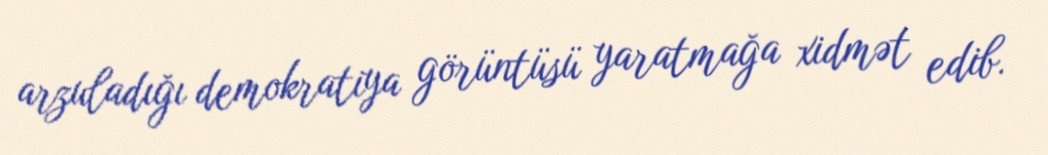
arzuladığı demokratiya görüntüsü yaratmağa xidmət edib.